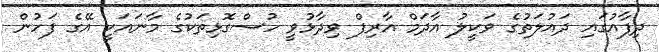
ދިފާއުގައި ދައުލަތުގެ ވަކީލު އާދަމް އާރިފް ވިދާޅުވީ ހުސްގޮޅިތަކުގެ މާނައަކީ އޭގެ ފަހުން